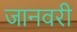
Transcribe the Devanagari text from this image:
जानवरी